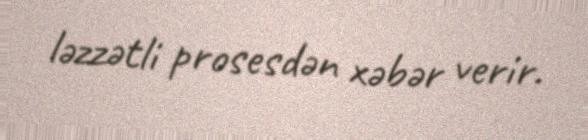
ləzzətli prosesdən xəbər verir.